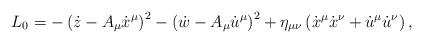
LaTeX: \begin{align*} L_{0} = - \left(\dot z - A_\mu \dot x^\mu\right)^2 - \left(\dot w - A_\mu \dot u^\mu\right)^2 + \eta_{\mu\nu} \left(\dot x^\mu \dot x^\nu +\dot u^\mu \dot u^\nu \right),\end{align*}